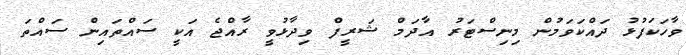
ވާހަކަފުޅު ދައްކަވަމުން މިނިސްޓަރު އާދަމް ޝަރީފް ވިދާޅުވީ ރާއްޖެ އަކީ ސައްތައިން ސައްތަ